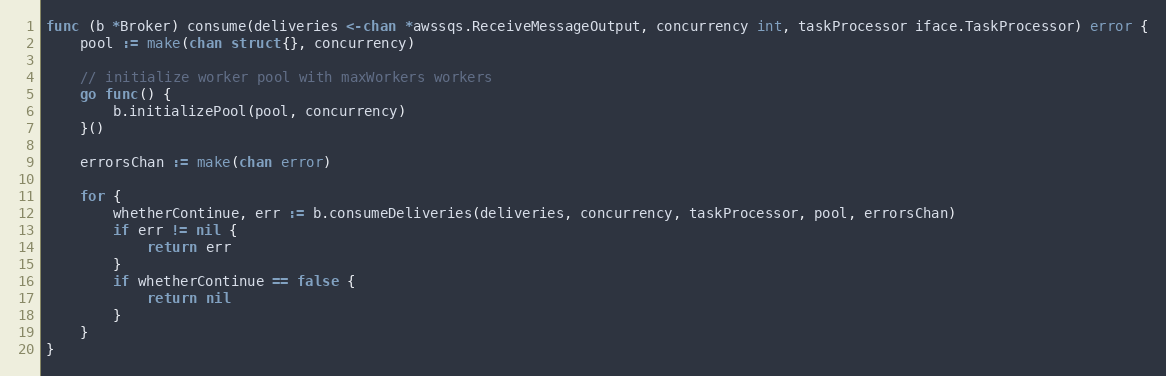
Language: Go
func (b *Broker) consume(deliveries <-chan *awssqs.ReceiveMessageOutput, concurrency int, taskProcessor iface.TaskProcessor) error {
	pool := make(chan struct{}, concurrency)

	// initialize worker pool with maxWorkers workers
	go func() {
		b.initializePool(pool, concurrency)
	}()

	errorsChan := make(chan error)

	for {
		whetherContinue, err := b.consumeDeliveries(deliveries, concurrency, taskProcessor, pool, errorsChan)
		if err != nil {
			return err
		}
		if whetherContinue == false {
			return nil
		}
	}
}